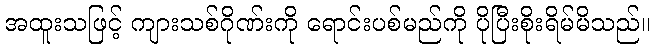
အထူးသဖြင့် ကျားသစ်ဂိုဏ်းကို ရောင်းပစ်မည်ကို ပိုပြီးစိုးရိမ်မိသည်။